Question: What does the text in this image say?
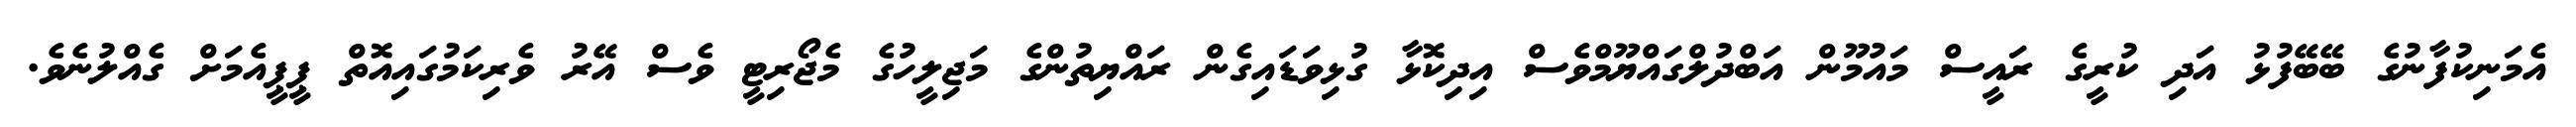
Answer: އެމަނިކުފާނުގެ ބޭބޭފުޅު އަދި ކުރީގެ ރައީސް މައުމޫން އަބްދުލްގައްޔޫމްވެސް އިދިކޮޅާ ގުޅިވަޑައިގެން ރައްޔިތުންގެ މަޖިލީހުގެ މެޖޯރިޓީ ވެސް އޭރު ވެރިކަމުގައިއޮތް ޕީޕީއެމަށް ގެއްލުނެވެ.